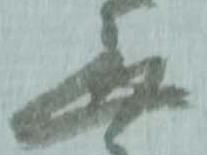
無